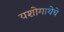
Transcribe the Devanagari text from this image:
यशोगाथेचे